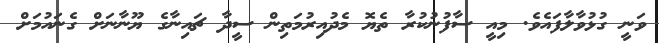
ވަނީ ގުޅުވާލާފައެވެ. މިއީ ސާފުނުކުރާ ތެޔޮ މެދުއިރުމަތިން ސީދާ ޗައިނާގެ ޔޫނާނަށް ގެނައުމަށް